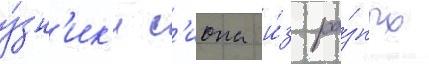
у́зн'ик'и с'иона и́з ра́зных